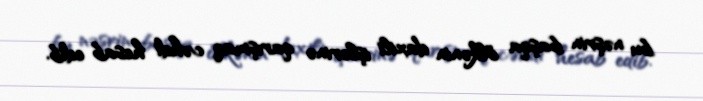
bu nəşrin başqa ölkənin daxili işlərinə qarışmaq cəhdi hesab edib.